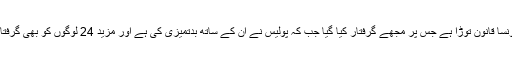
گرفتاری کے وقت سلمان احمد کا کہنا تھا کہ میں نے کونسا قانون توڑا ہے جس پر مجھے گرفتار کیا گیا جب کہ پولیس نے ان کے ساتھ بدتمیزی کی ہے اور مزید 24 لوگوں کو بھی گرفتار کیا گیا ہےتاہم پولیس نے کچھ دیر بعد انہیں رہا کردیا۔